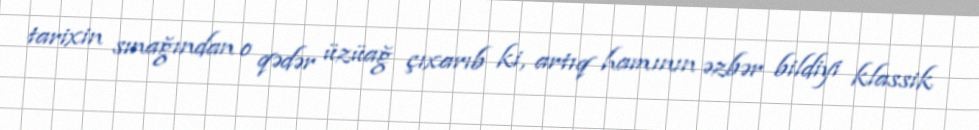
tarixin sınağından o qədər üzüağ çıxarıb ki, artıq hamının əzbər bildiyi klassik